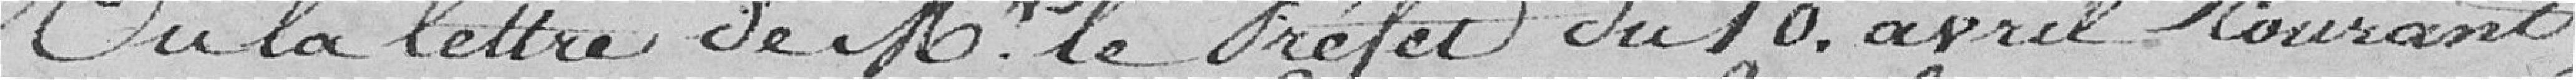
Vu la lettre de M' le Préfet du 10 avril courant